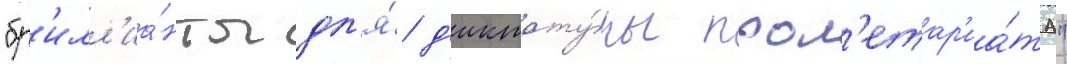
"бр'илл'иа́нты дл'я́ д'иктату́ры прол'етар'иа́та"